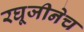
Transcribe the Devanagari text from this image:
रघूजीनेच